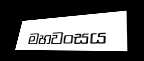
මහවංසය